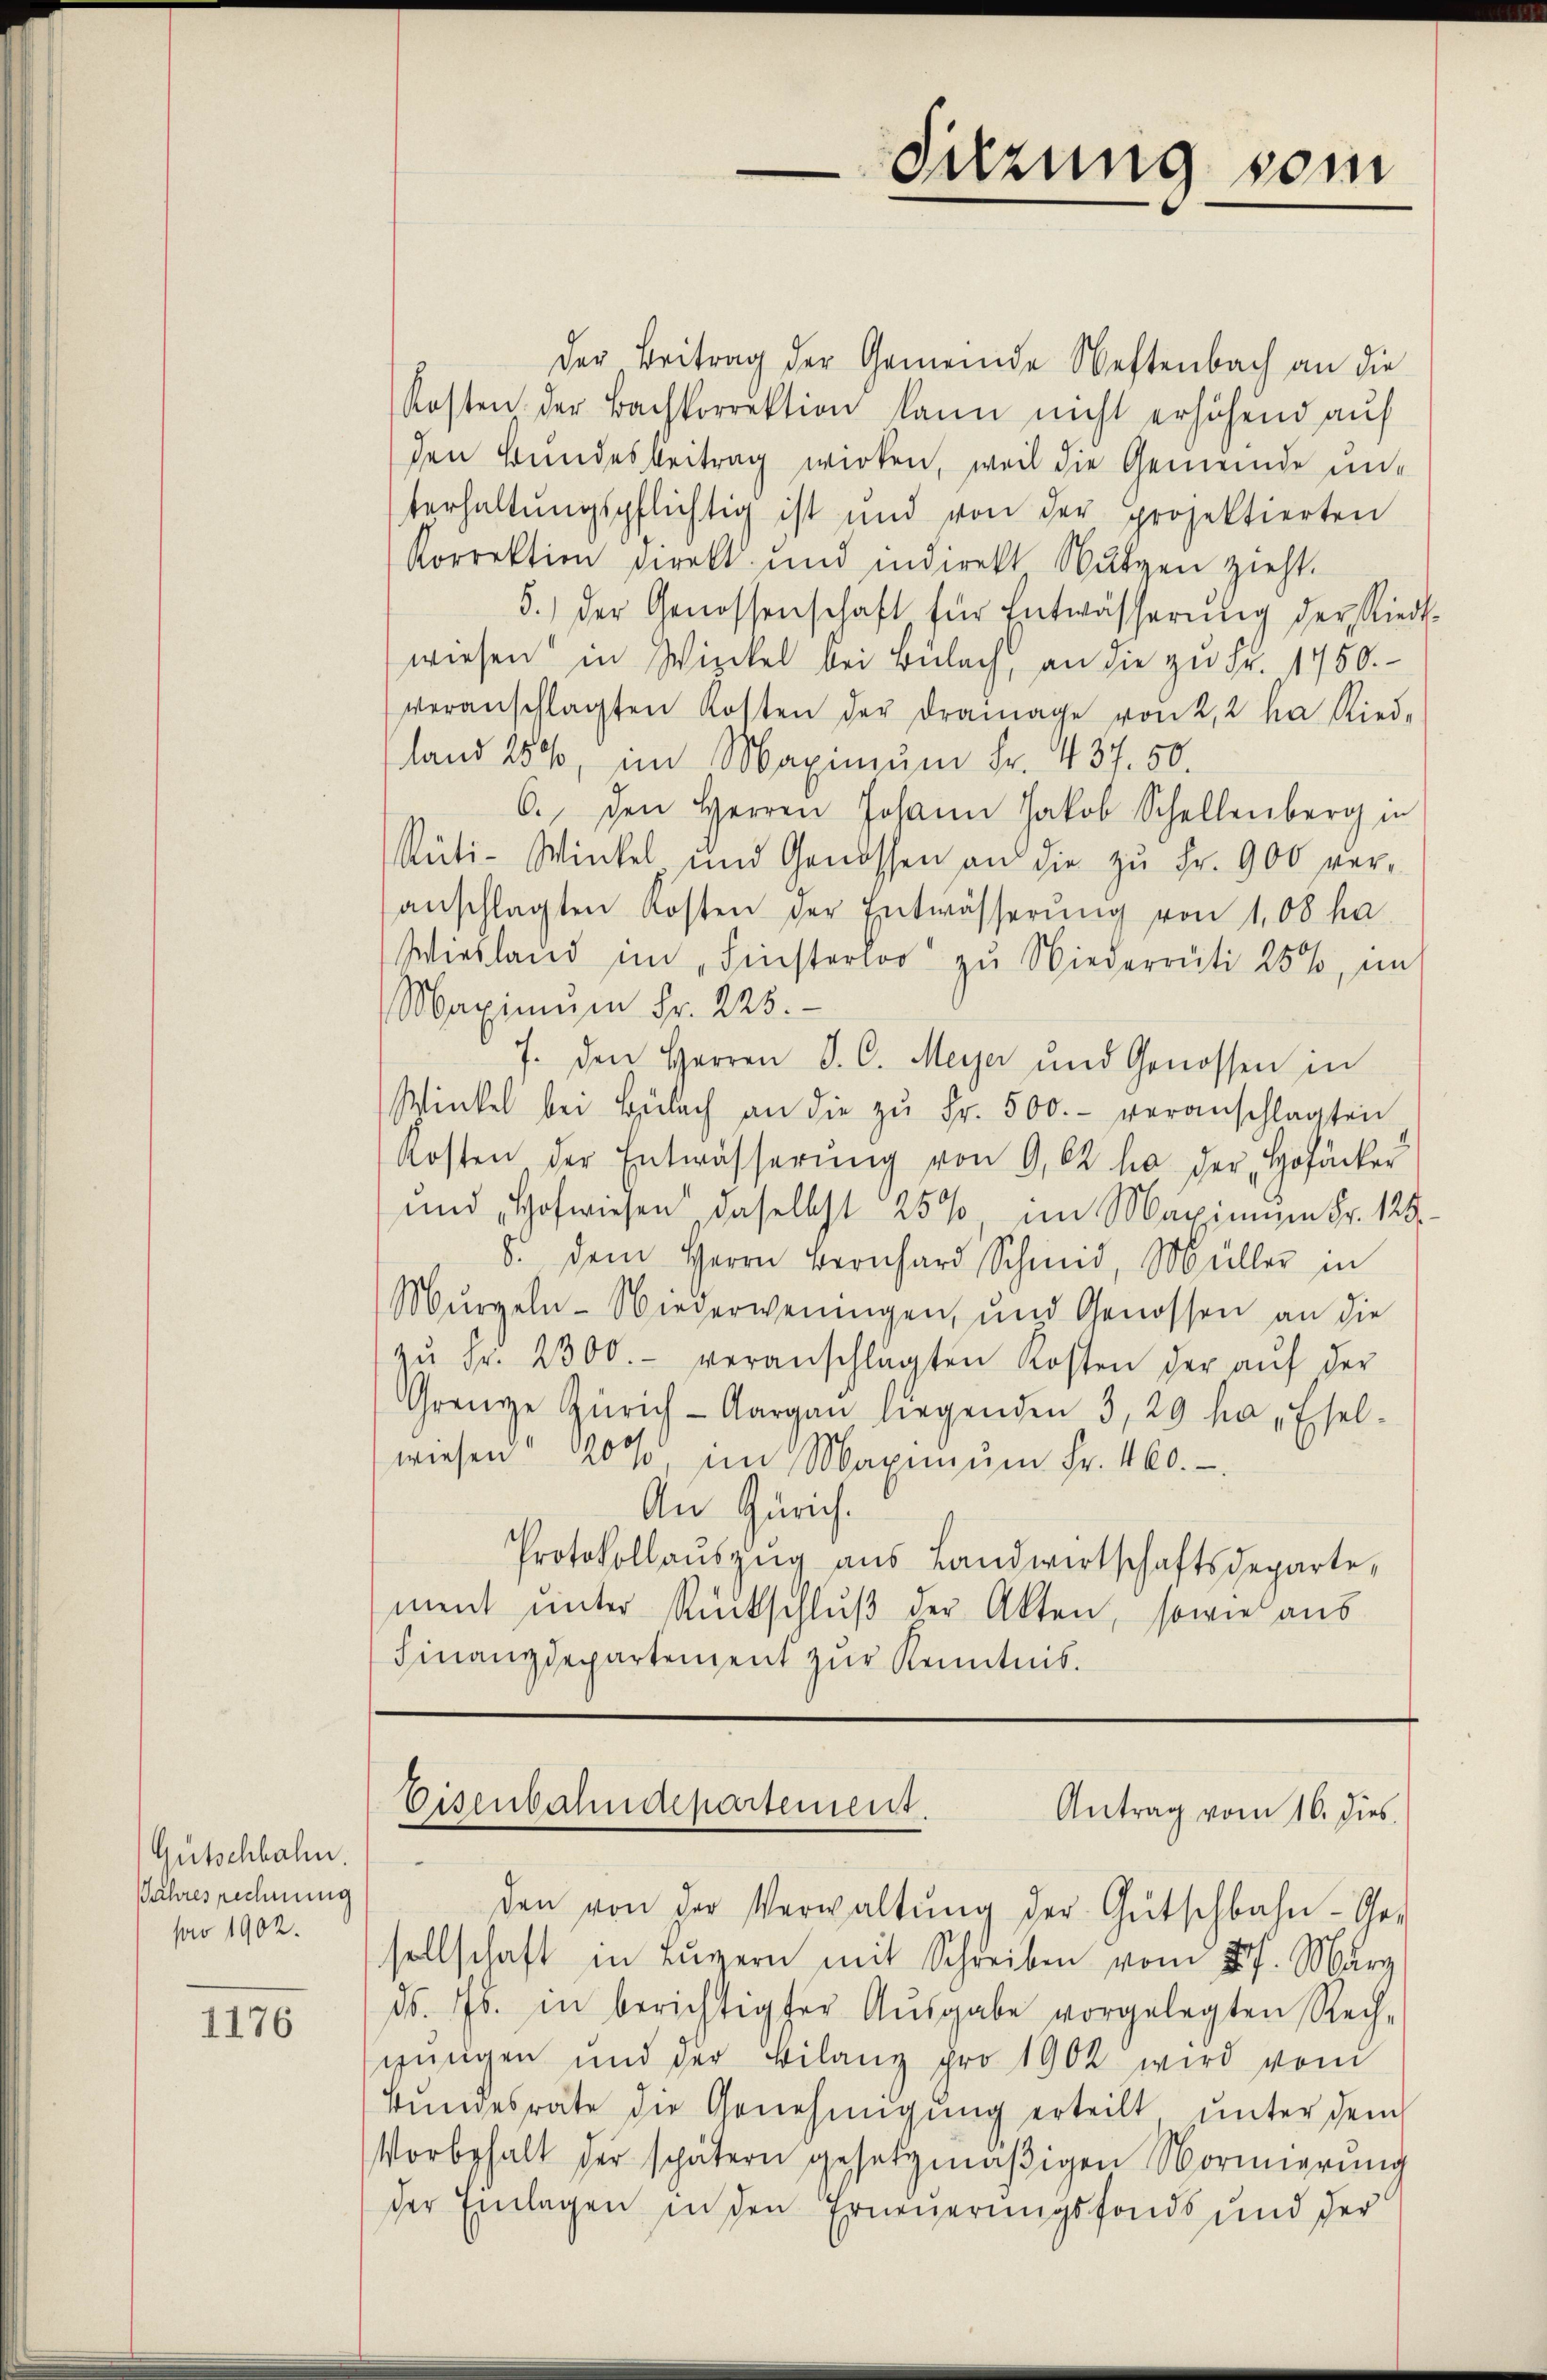
1176

Gutschhale.
Jahresrechnung
pao 1902.

der Beitrag der Gemeinde Neftenbach an die
Kosten der Bachkorrektion kann nicht erhöhend auf
den Bundesbeitrag wirken, weil die Gemeinde un-
terhaltŭngspflichtig ist und von der projektierten
Korrektion direkt und indirekt Nŭtzen zieht.
5.) Der Genossenschaft für Entwässerŭng der Riedt.
wiesen in Wieckel bei Bülach, an die zu Fr. 1750.
veranschlagten Kosten der Dramage von 2,2 ha Ried-
land 25%, im Maximum Fr. 437. 50.
6., den Herren Johann Jakob Schellenberg in
Rüti-Winkel und Genossen an die zŭ Fr. 900 ver-
anschlagten Kosten der Entwässerŭng von 1,08 ha
Wiesland im „Finsterloo zu Niederrüti 25%, im
Maximum Fr. 225.
7. den Herren S. C. Meyer und Genossen in
Winkel bei Bülach an die zŭ Fr. 500.- veranschlagten
Kosten der Entwässerŭng von 9,62 ha der „Hofacker
und Hofwiesen daselbst 25% im Maximum Fr. 129.
8. Dem Herrn Bernhard Schmid, Müller in
Mŭrgeln-Niederweningen, und Genossen an die
zŭ Fr. 2300.- veranschlagten Kosten der aŭf der
Grenze Zürich-Aargau liegenden 3, 29 ha Esel-
wiesen 20%, im Maximŭm Fr. 460.
An Zürich.
Protokollaŭszŭg aŭs Landwirtschaftsdeparte,
ment unter Rückschluß der Akten, sowie aus
Finanzdepartement zur Kenntnis.

Sitzung
vom

Eisenbahndepartement.
Antrag vom 16. dies

den von der Verwaltŭng der Gütschbahn- Ge-
sellschaft in Luzern mit Schreiben vom 27. März
ds. Js. in berichtigter Aŭsgabe vorgelegten Rech-
gŭngen und der Bilanz pro 1902 wird vom
kŭndesräte die Genehmigŭng erteilt ŭnter dem
Vorbehalt der spätern gesetzmäßigen Vormierung
der Einlagen in den Erneuerungsfonds und der